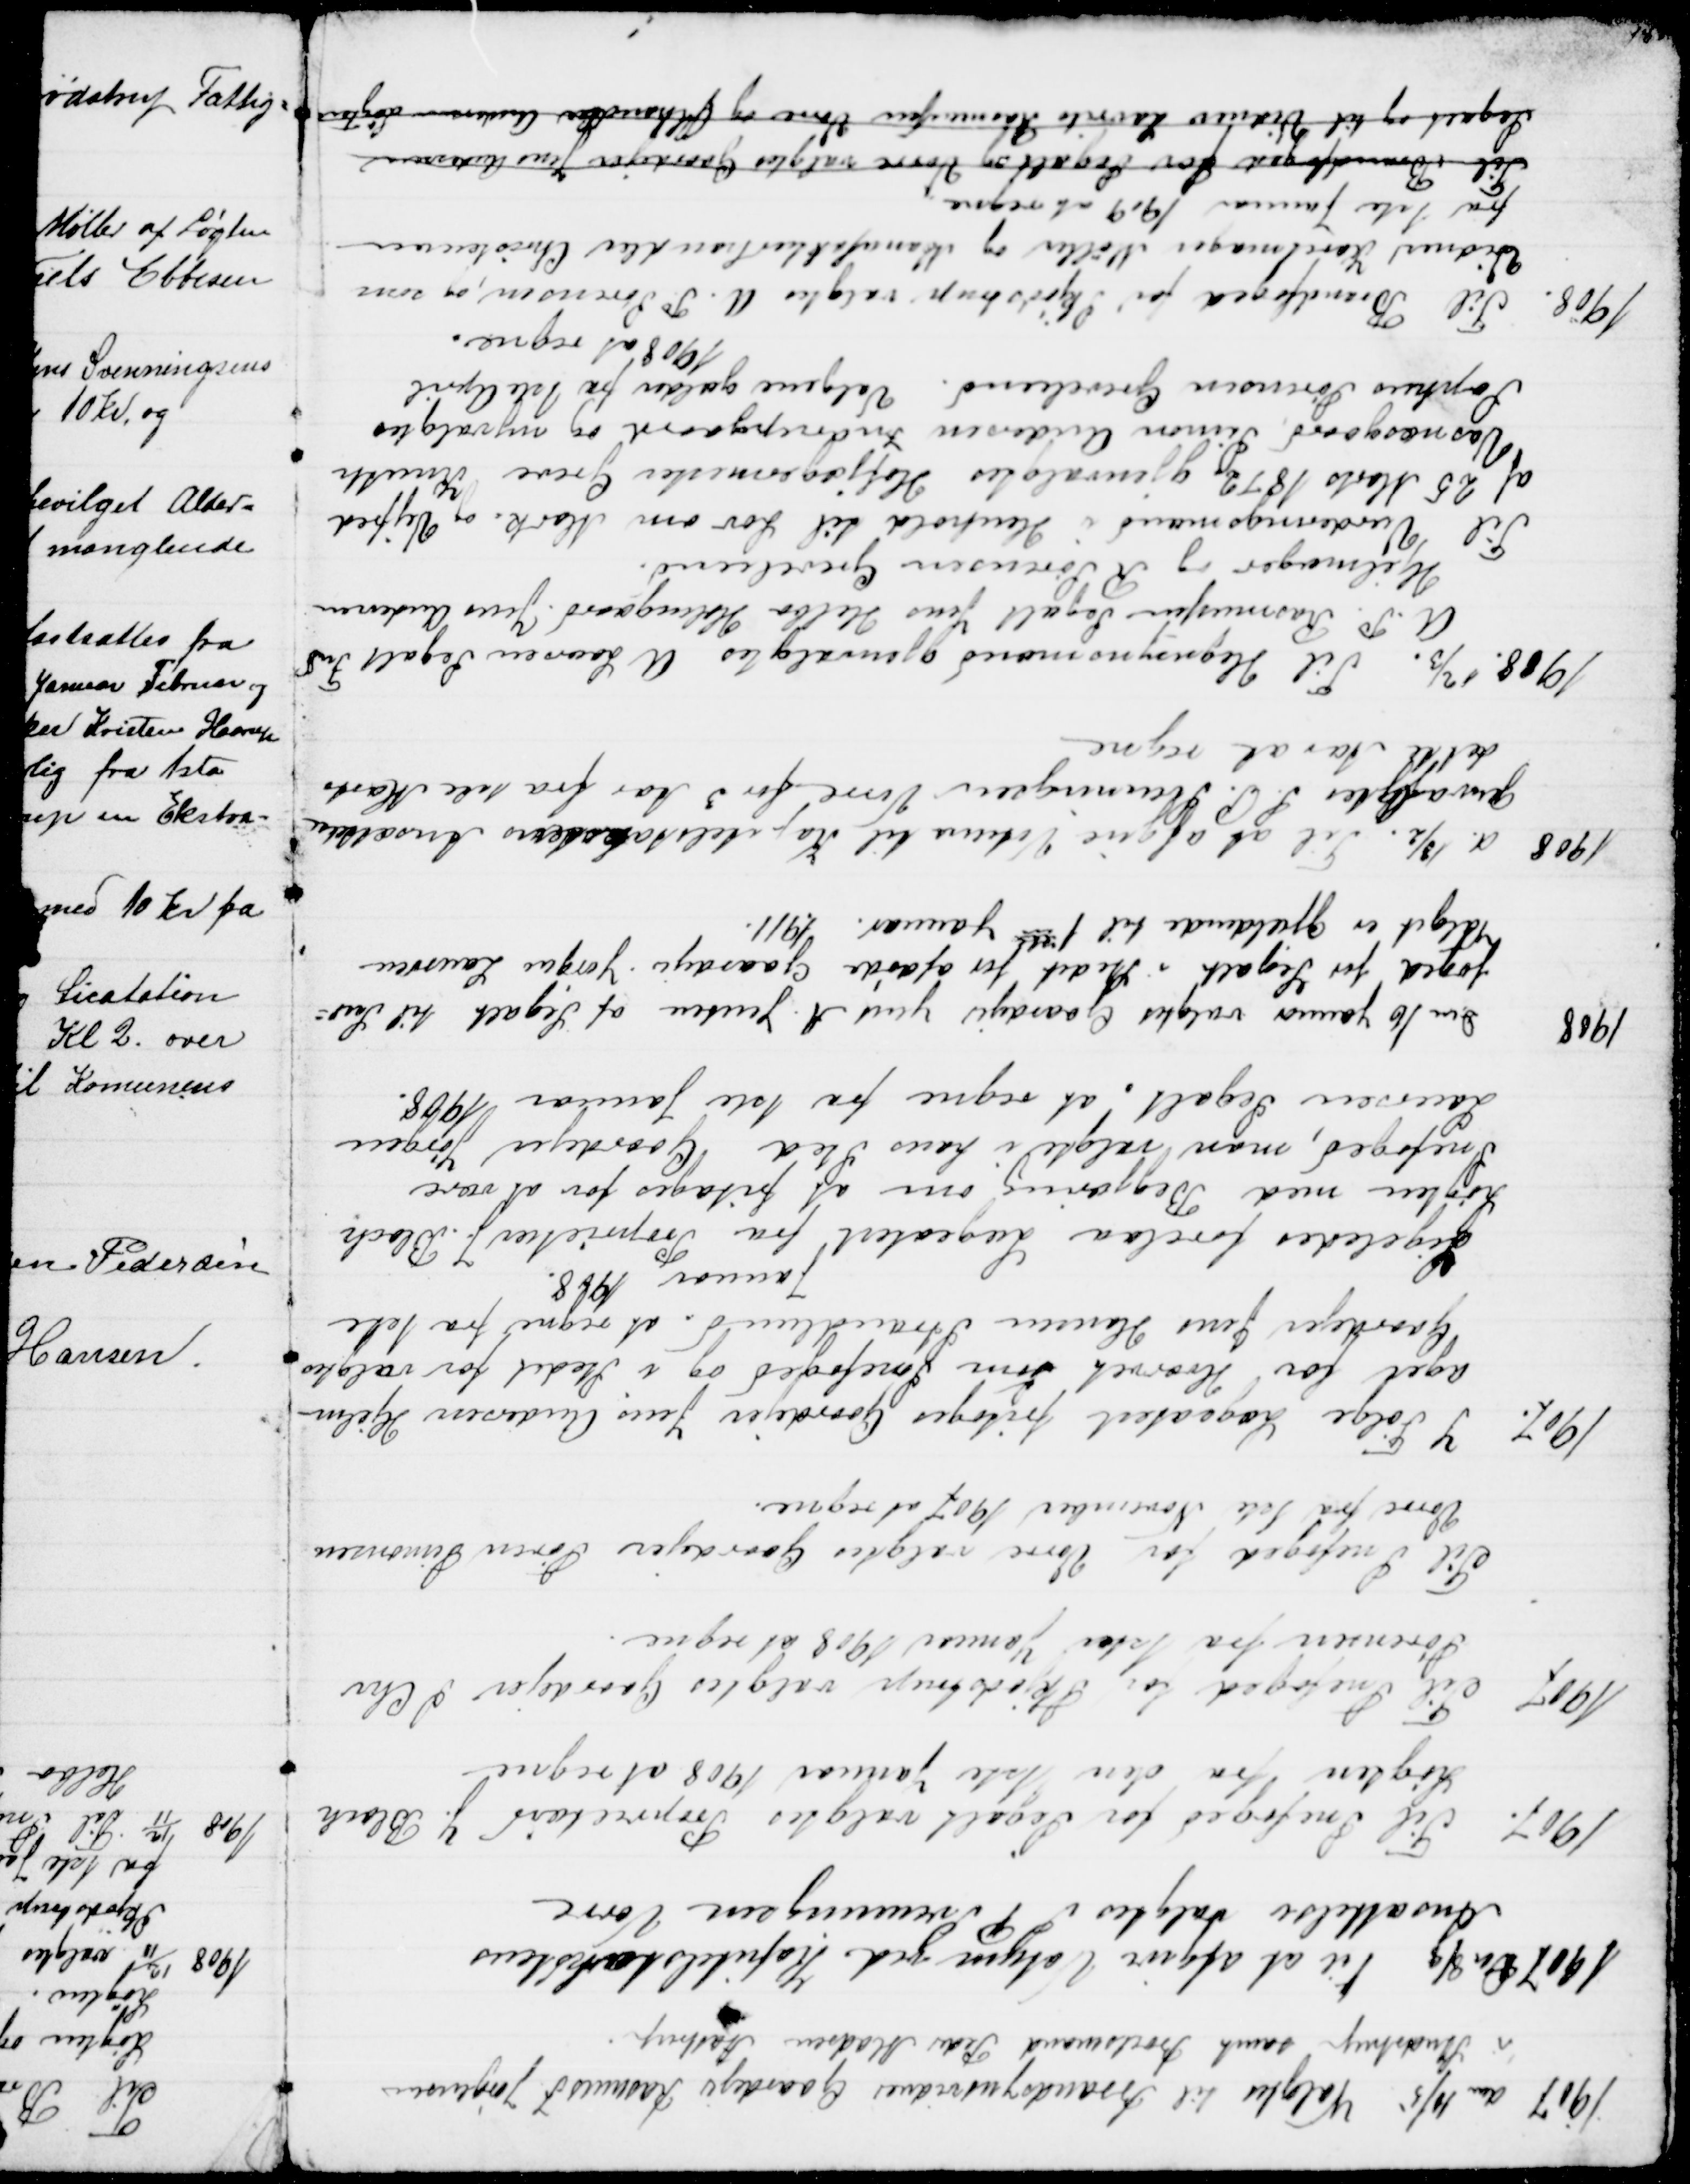
Transskription:
1907
den 10/5 Valgtes til Brandsynsvidner Gaardejer Rasmus J Jørgensen
i Studstrup samt Boelsmand Peder Madsen Aastrup.
1907 Den 8/8 Til at afgive Votum ved Kapitelstakstens 
Ansættelse valgtes S P Svenningsen Vorre
1907. Til Snefoged for Segalt valgtes Proprietær J. Bloch
Løgten fra den 1ste Januar 1908 at regne
1907
Tl Snefoged for Skjødstrup valgtes Gaardejer S Chr
Sørensen fra 1ste Januar at regne.
Til Snefoged for Vorre valgtes Gaardejer Søren Simonsen 
Vorre fra 1ste November 1907 at regne.
1907. I Følge Lægeatest fritoges Gaardejer Jens Andersen Hjelm-
ager for Hvervet som Snefoged og i Stedet for valgtes
Gaardejer Jens Hansen Strandlund. at regne fra 1ste
Januar 1908.
Ligeledes forelaa Lægeatest fra Proprietær J. Bloch
Løgten med Begjæring om at fritages for at være
Snefoged, man valgte i hans Sted Gaardejer Jørgen
Laursen Segalt. at regne fra 1ste Januar 1908.
1908
Den 16 Januar valgtes Gaardejer Jens A. Jensen af Segalt til Sne=
foged for Segalt i Stedet for afdøde Gaardejer Jørgen Laursen
Valget er gældende til 1ste Januar. 1911.
1908 d. 13/2. Til at afgive Votum til Kapitelstakstens Ansættelse
genvalgtes S. P. Svenningsen Vorre for 3 Aar fra 1ste Marts
dette Aar at regne
1908. 12/3. Til Hegnsynsmænd gjenvalgtes A Laursen Segalt Fmd
A. P. Rasmussen Segalt Jens Helbo Holmgaard. Jens Andersen
Hjelmager og R. Sørensen Grevelund.
Til Vurderingsmænd i Henhold til Lov om Mark og Vejfred
af 25 Marts 1872 gjenvalgtes Hofjægermester Greve Knuth
Vosnæsgaard Simon Andersen Indrupgaard og nyvalgtes
Sophus Sørensen Grevelund. Valgene gælder fra 1ste April
1908 at regne.
1908. Til Brandfoged for Skjødstrup valgtes A. P. Sørensen, og som
Vidner Karetmager Møller og Manufakturhandler Christensen
fra 1ste Januar 1909 at regne.
Til Brandfoged for Segalt og Vorre valgtes Gaardejer Jens Andersen
Segalt og til Vidner Laurits Rasmussen Vorre og Ølhandler Andersen Løgten